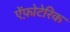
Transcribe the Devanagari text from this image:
ऐंफ़ोटेरिक